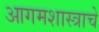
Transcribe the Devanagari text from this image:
आगमशास्त्राचे